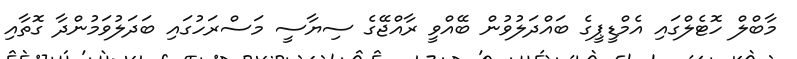
މާބްލް ހޮޓެލްގައި އެމްޑީޕީގެ ބައްދަލުވުން ބޭއްވީ ރާއްޖޭގެ ސިޔާސީ މަސްރަހުގައި ބަދަލުވަމުންދާ ގޮތާއި